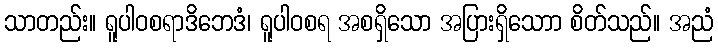
သာတည်း။ ရူပါဝစရာဒိဘေဒံ၊ ရူပါဝစရ အစရှိသော အပြားရှိသောာ စိတ်သည်။ အညံ